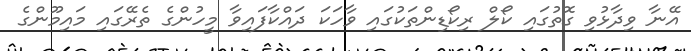
އޭނާ ވިދާޅުވި ގޮތުގައި ކޯލް ރިކޯޑިންތަކުގައި ވާހަކަ ދައްކާފައިވާ މީހުންގެ ތެރޭގައި މައިމޫންގެ